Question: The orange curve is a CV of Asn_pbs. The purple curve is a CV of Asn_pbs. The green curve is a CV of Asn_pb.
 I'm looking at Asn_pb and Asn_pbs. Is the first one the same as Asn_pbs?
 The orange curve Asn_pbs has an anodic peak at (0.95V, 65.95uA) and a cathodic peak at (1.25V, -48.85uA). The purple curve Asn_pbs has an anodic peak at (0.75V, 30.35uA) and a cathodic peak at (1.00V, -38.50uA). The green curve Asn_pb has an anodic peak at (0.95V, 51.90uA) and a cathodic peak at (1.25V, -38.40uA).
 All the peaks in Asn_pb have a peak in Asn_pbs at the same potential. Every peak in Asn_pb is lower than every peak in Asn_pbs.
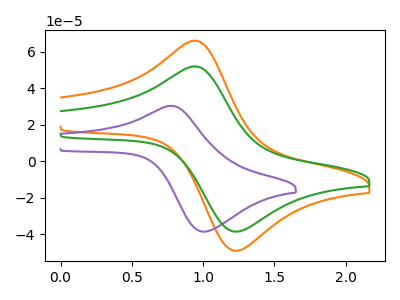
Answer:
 <answer>"Asn_pb" and "Asn_pbs" are similar in shape.</answer>
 <eval>same_shape</eval>